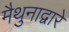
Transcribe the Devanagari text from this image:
मैथुनाद्वारे